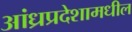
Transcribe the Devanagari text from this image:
आंध्रप्रदेशामधील